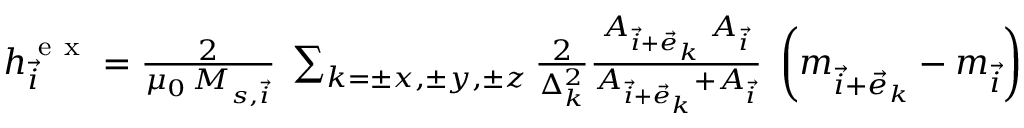
\begin{array} { r } { \boldsymbol { h } _ { \vec { i } } ^ { \mathrm { ~ e ~ x ~ } } = \frac { 2 } { \mu _ { 0 } \, M _ { s , \vec { i } } } \; \sum _ { k = \pm x , \pm y , \pm z } \frac { 2 } { \Delta _ { k } ^ { 2 } } \frac { A _ { \vec { i } + \vec { e } _ { k } } \; A _ { \vec { i } } } { A _ { \vec { i } + \vec { e } _ { k } } + A _ { \vec { i } } } \; \left( \boldsymbol { m } _ { \vec { i } + \vec { e } _ { k } } - \boldsymbol { m } _ { \vec { i } } \right) } \end{array}